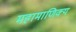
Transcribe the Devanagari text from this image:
महामाणिक्य